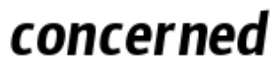
concerned